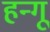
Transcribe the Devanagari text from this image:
हन्गू